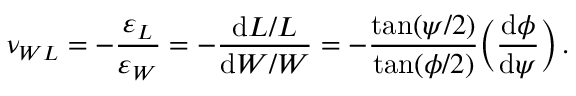
\nu _ { W L } = - \frac { \varepsilon _ { L } } { \varepsilon _ { W } } = - \frac { \mathrm { d } L / L } { \mathrm { d } W / W } = - \frac { \tan ( \psi / 2 ) } { \tan ( \phi / 2 ) } \bigg ( \frac { \mathrm { d } \phi } { \mathrm { d } \psi } \bigg ) \, .